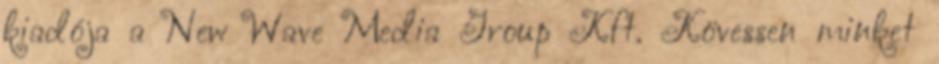
kiadója a New Wave Media Group Kft. Kövessen minket